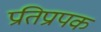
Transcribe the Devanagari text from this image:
प्रतिप्रापक